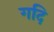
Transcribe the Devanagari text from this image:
गदि